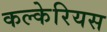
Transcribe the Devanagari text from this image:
कल्केरियस